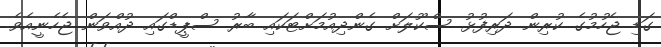
ގަޑި ޖެހުމުގެ ކުރިން ދަރިފުޅު ސްކޫލަށް ގެންދިއުމަށްޓަކައި ބާރު ސްޕީޑްގައި ދުއްވަން ޖެހެނީއެވެ.